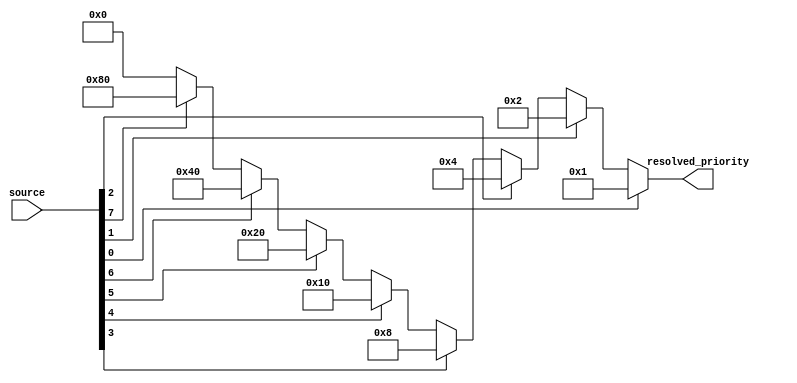
module resolve_priority(
    input [7:0] source,
    output reg [7:0] resolved_priority
);

    always @* begin
        if (source[0] == 1'b1)      resolved_priority = 8'b00000001;
        else if (source[1] == 1'b1) resolved_priority = 8'b00000010;
        else if (source[2] == 1'b1) resolved_priority = 8'b00000100;
        else if (source[3] == 1'b1) resolved_priority = 8'b00001000;
        else if (source[4] == 1'b1) resolved_priority = 8'b00010000;
        else if (source[5] == 1'b1) resolved_priority = 8'b00100000;
        else if (source[6] == 1'b1) resolved_priority = 8'b01000000;
        else if (source[7] == 1'b1) resolved_priority = 8'b10000000;
        else resolved_priority = 8'b00000000;
    end

endmodule